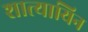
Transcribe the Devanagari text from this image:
शात्यायिन